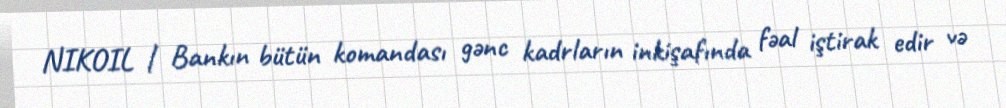
NIKOIL | Bankın bütün komandası gənc kadrların inkişafında fəal iştirak edir və